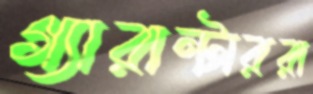
গ্যারান্টাররা